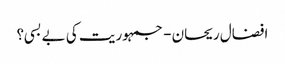
افضال ریحان - جمہوریت کی بے بسی؟